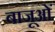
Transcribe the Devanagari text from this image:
बाजूओं